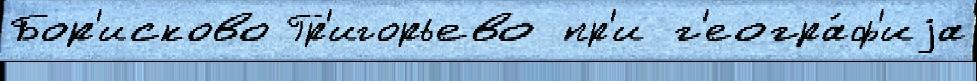
Бор'исково Гр'игорьево пр'и г'еогра́ф'иjа